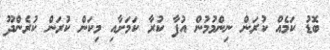
ބޮޑު ކަމެއް ކުރަން ނިންމުމުން އުފާ ކުރާ ކަމަށާއި މިކަން ކުރަން ކުރެންދޫ